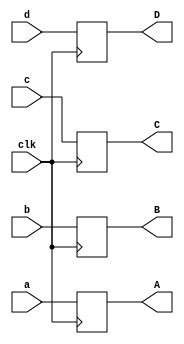
module display_decoder(
    input  wire clk,
   input wire a,
 input wire b,
input wire c,
input wire d,
output wire A,//1-bit variable register // a, b, c, d, e, f, g are the final outputs.
    output wire B,
    output wire C,
    output wire D,
  
    
);

 always @(posedge clk) begin
  A=a;
B=b;
C=c;
D=d;
end

endmodule